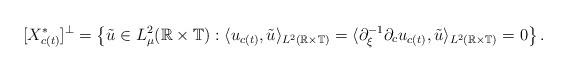
LaTeX: \begin{align*}[X_{c(t)}^*]^{\perp} = \left\{ \tilde{u} \in L^2_{\mu}(\mathbb{R} \times \mathbb{T}) : \langle u_{c(t)}, \tilde{u} \rangle_{L^2(\mathbb{R} \times \mathbb{T})} =\langle \partial_{\xi}^{-1} \partial_c u_{c(t)}, \tilde{u} \rangle_{L^2(\mathbb{R} \times \mathbb{T})} = 0\right\}.\end{align*}